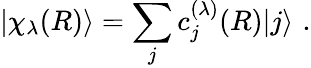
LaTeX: |\chi_{\lambda}(R)\rangle={\displaystyle\sum_{j}c_{j}^{(\lambda)}(R)}|j\rangle\, \, .